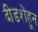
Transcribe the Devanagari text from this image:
दीडशेंहून